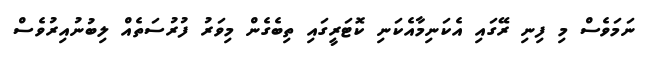
ނަމަވެސް މި ފިނި ރޭގައި އެކަނިމާއެކަނި ކޮޓަރީގައި ތިބެގެން މިވަރު ފުރުސަތެއް ލިބުނުއިރުވެސް